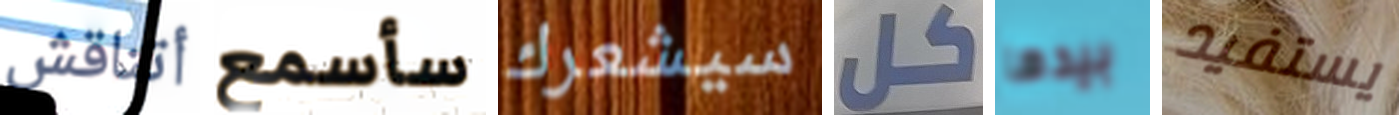
أتناقش سأسمع سيشعرك كل بيدها يستفيد